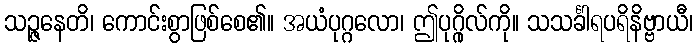
သဉ္ဇနေတိ၊ ကောင်းစွာဖြစ်စေ၏။ အယံပုဂ္ဂလော၊ ဤပုဂ္ဂိုလ်ကို။ သသင်္ခါရပရိနိဗ္ဗာယီ၊